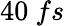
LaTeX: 40~fs